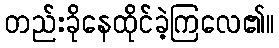
တည်းခိုနေထိုင်ခဲ့ကြလေ၏။